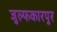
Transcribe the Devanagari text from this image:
जुल्फकारपुर